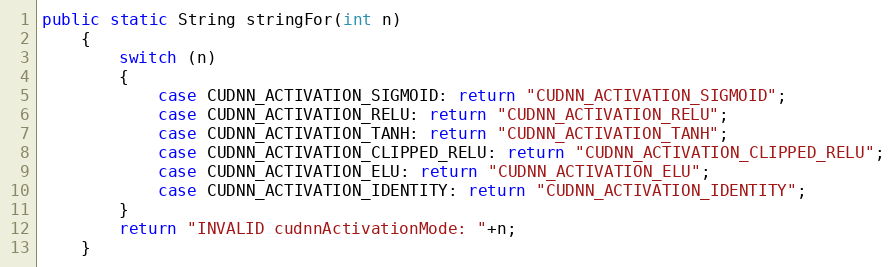
Language: Java
public static String stringFor(int n)
    {
        switch (n)
        {
            case CUDNN_ACTIVATION_SIGMOID: return "CUDNN_ACTIVATION_SIGMOID";
            case CUDNN_ACTIVATION_RELU: return "CUDNN_ACTIVATION_RELU";
            case CUDNN_ACTIVATION_TANH: return "CUDNN_ACTIVATION_TANH";
            case CUDNN_ACTIVATION_CLIPPED_RELU: return "CUDNN_ACTIVATION_CLIPPED_RELU";
            case CUDNN_ACTIVATION_ELU: return "CUDNN_ACTIVATION_ELU";
            case CUDNN_ACTIVATION_IDENTITY: return "CUDNN_ACTIVATION_IDENTITY";
        }
        return "INVALID cudnnActivationMode: "+n;
    }